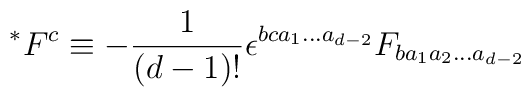
~^{*}F^{c}\equiv -\frac{1}{(d-1)!}\epsilon^{bca_{1}\ldots a_{d-2}}F_{ba_{1}a_{2}\ldots a_{d-2}} \nonumber